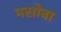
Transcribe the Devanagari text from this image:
मसोबा